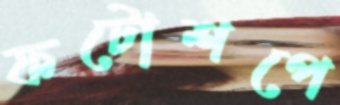
ফটোশপে